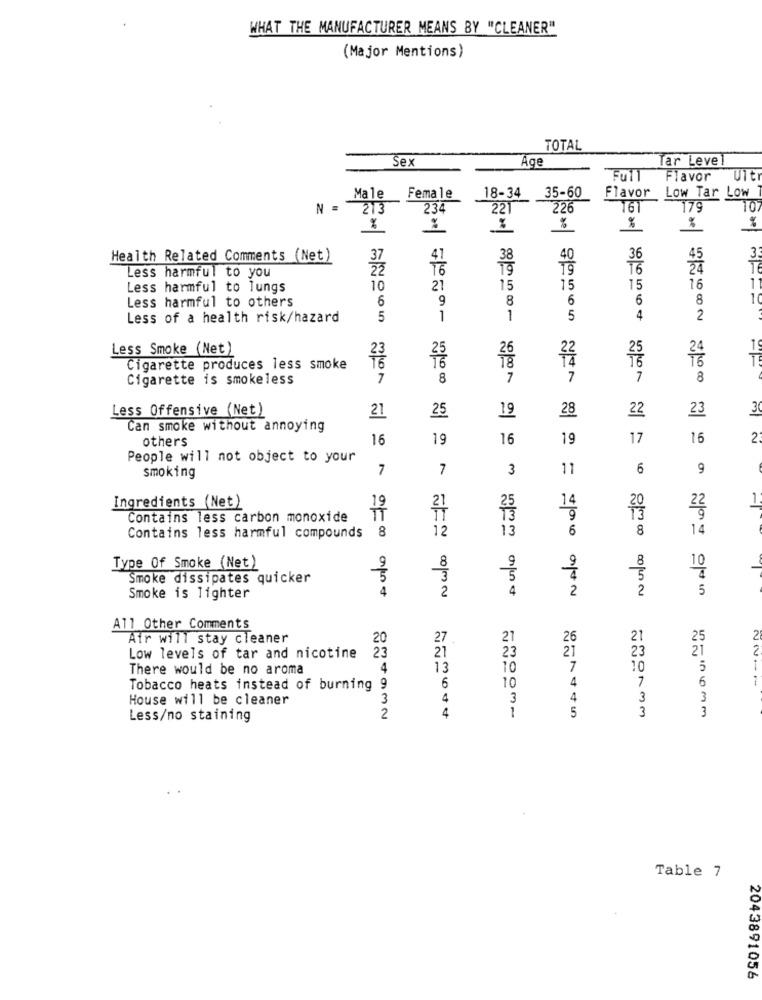
WHAT THE MANUFACTURER MEANS BY "CLEANER"
(Major Mentions)
TOTAL
Sex
Tar Level
Flavor
Ult
18-34
35-60
Flavor
Low Tar Low
Male
Female
N =
213
234
221
226
161
179
10
%
%
%
%
3.
Health Related Comments (Net)
37
41
38
40
36
Less harmful to you
16
19
16
Less harmful to lungs
10
21
15
15
15
16
11
Less harmful to others
6
9
8
6
6
8
Less of a health risk/hazard
5
1
1
5
4
2
10
Less Smoke (Net)
25
T
Cigarette produces less smoke
Cigarette is smokeless
7
8
7
7
7
8
Less Offensive (Net)
21
19
28
22
23
3
25
Can smoke without annoying
others
16
19
16
19
17
16
People will not object to your
7
7
3
11
6
9
smoking
Ingredients (Net)
14
1.
21
22
Contains less carbon monoxide
IT
9
8
12
13
6
14
Contains less harmful compounds
2/2 00
8
10
Type Of Smoke (Net)
9
8
Smoke dissipates quicker
5
4
2
9554
2
2
5
Smoke is lighter
All Other Comments
Air will stay cleaner
20
27.
21
26
21
25
21
23
21
Low levels of tar and nicotine
23
21
23
There would be no aroma
4
13
10
7
10
5
4
6
Tobacco heats instead of burning 9
6
10
7
House will be cleaner
3
4
3
4
3
3
1
Less/no staining
2
4
5
3
3
Table 7
2043891056